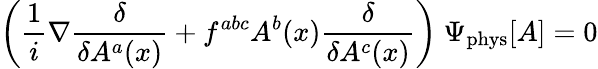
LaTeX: \left(\frac{1}{i}\nabla\frac{\delta}{\delta A^{a}(x)}+f^{abc}A^{b}(x)\frac{\delta}{\delta A^{c}(x)}\right)~\Psi_{\mathrm{phys}}[A]=0